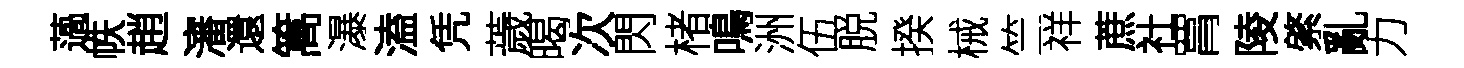
薖帙趙瀋還篙瀑溘凭薉暍次閃楮鳴洲伍脱揆械竺祥蔗社罥陵綮亂力